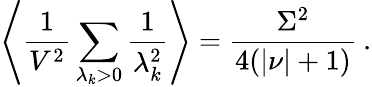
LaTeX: \left\langle\frac 1{V^{2}}\sum_{\lambda_{k}>0}\frac 1{\lambda_{k}^{2}}\right\rangle=\frac{\Sigma^{2}}{4(|\nu|+1)}\: .